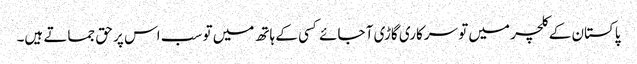
پاکستان کے کلچر میں تو سرکاری گاڑی آ جائے کسی کے ہاتھ میں تو سب اس پر حق جماتے ہیں۔